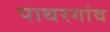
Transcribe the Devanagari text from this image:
पाथरगांव